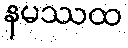
နမဿထ